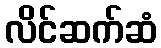
လိင်ဆက်ဆံ